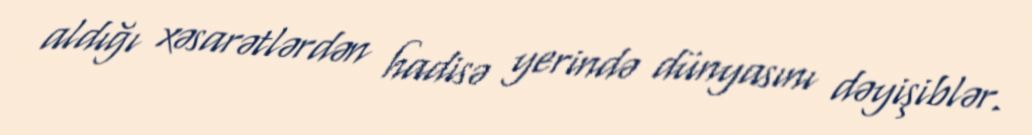
aldığı xəsarətlərdən hadisə yerində dünyasını dəyişiblər.